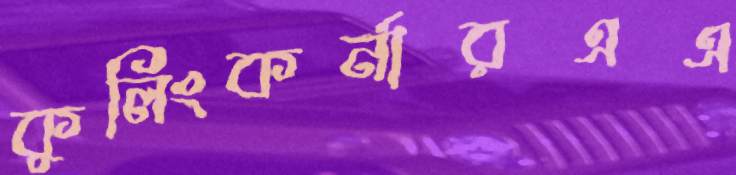
কুলিংকর্নারএএ